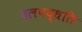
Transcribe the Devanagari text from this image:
दलपद्धति